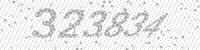
Solution: 323834